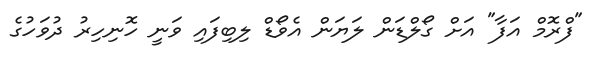
"ފްރޮމް އަފާ" އަށް ގޯލްޑަން ލަޔަން އެވޯޑް ލިބިފައި ވަނީ ހޮނިހިރު ދުވަހުގެ